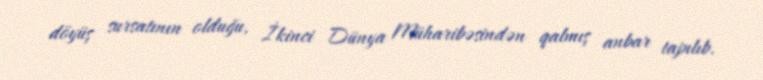
döyüş sursatının olduğu, İkinci Dünya Müharibəsindən qalmış anbar tapılıb.